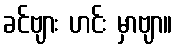
ခင်ဗျား ဟင်း မှာဗျာ။